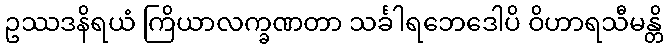
ဥဿဒနိရယံ ကြိယာလက္ခဏတာ သင်္ခါရဘေဒေါပိ ဝိဟာရသီမန္တိ